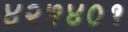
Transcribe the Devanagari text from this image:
४२५४०१